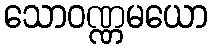
သောဝဏ္ဏမယော